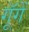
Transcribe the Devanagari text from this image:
गूॅगें